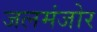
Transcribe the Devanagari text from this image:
जलमंजोर